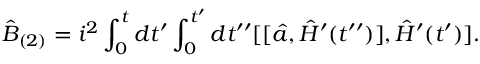
\hat { B } _ { ( 2 ) } = i ^ { 2 } \int _ { 0 } ^ { t } d t ^ { \prime } \int _ { 0 } ^ { t ^ { \prime } } d t ^ { \prime \prime } [ [ \hat { a } , \hat { H } ^ { \prime } ( t ^ { \prime \prime } ) ] , \hat { H } ^ { \prime } ( t ^ { \prime } ) ] .